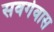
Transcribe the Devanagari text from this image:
सवर्गवास